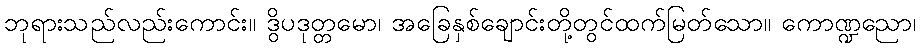
ဘုရားသည်လည်းကောင်း။ ဒွိပဒုတ္တမော၊ အခြေနှစ်ချောင်းတို့တွင်ထက်မြတ်သော။ ကောဏ္ဍညော၊